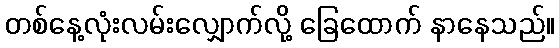
တစ်နေ့လုံးလမ်းလျှောက်လို့ ခြေထောက် နာနေသည်။